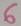
Text: 6